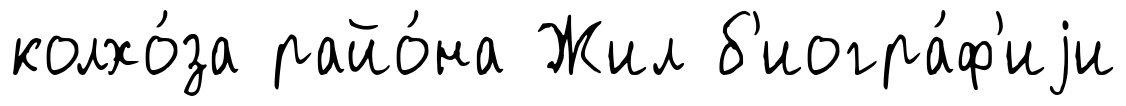
колхо́за райо́на Жил б'иогра́ф'иjи